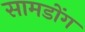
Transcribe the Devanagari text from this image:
सामडोंग